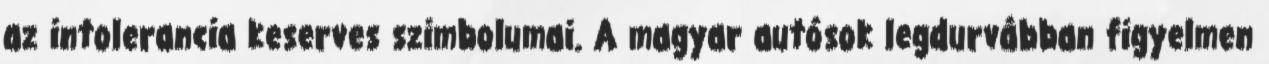
az intolerancia keserves szimbolumai. A magyar autósok legdurvábban figyelmen